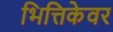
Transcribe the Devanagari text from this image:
भित्तिकेवर